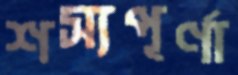
শস্যপূর্ণা